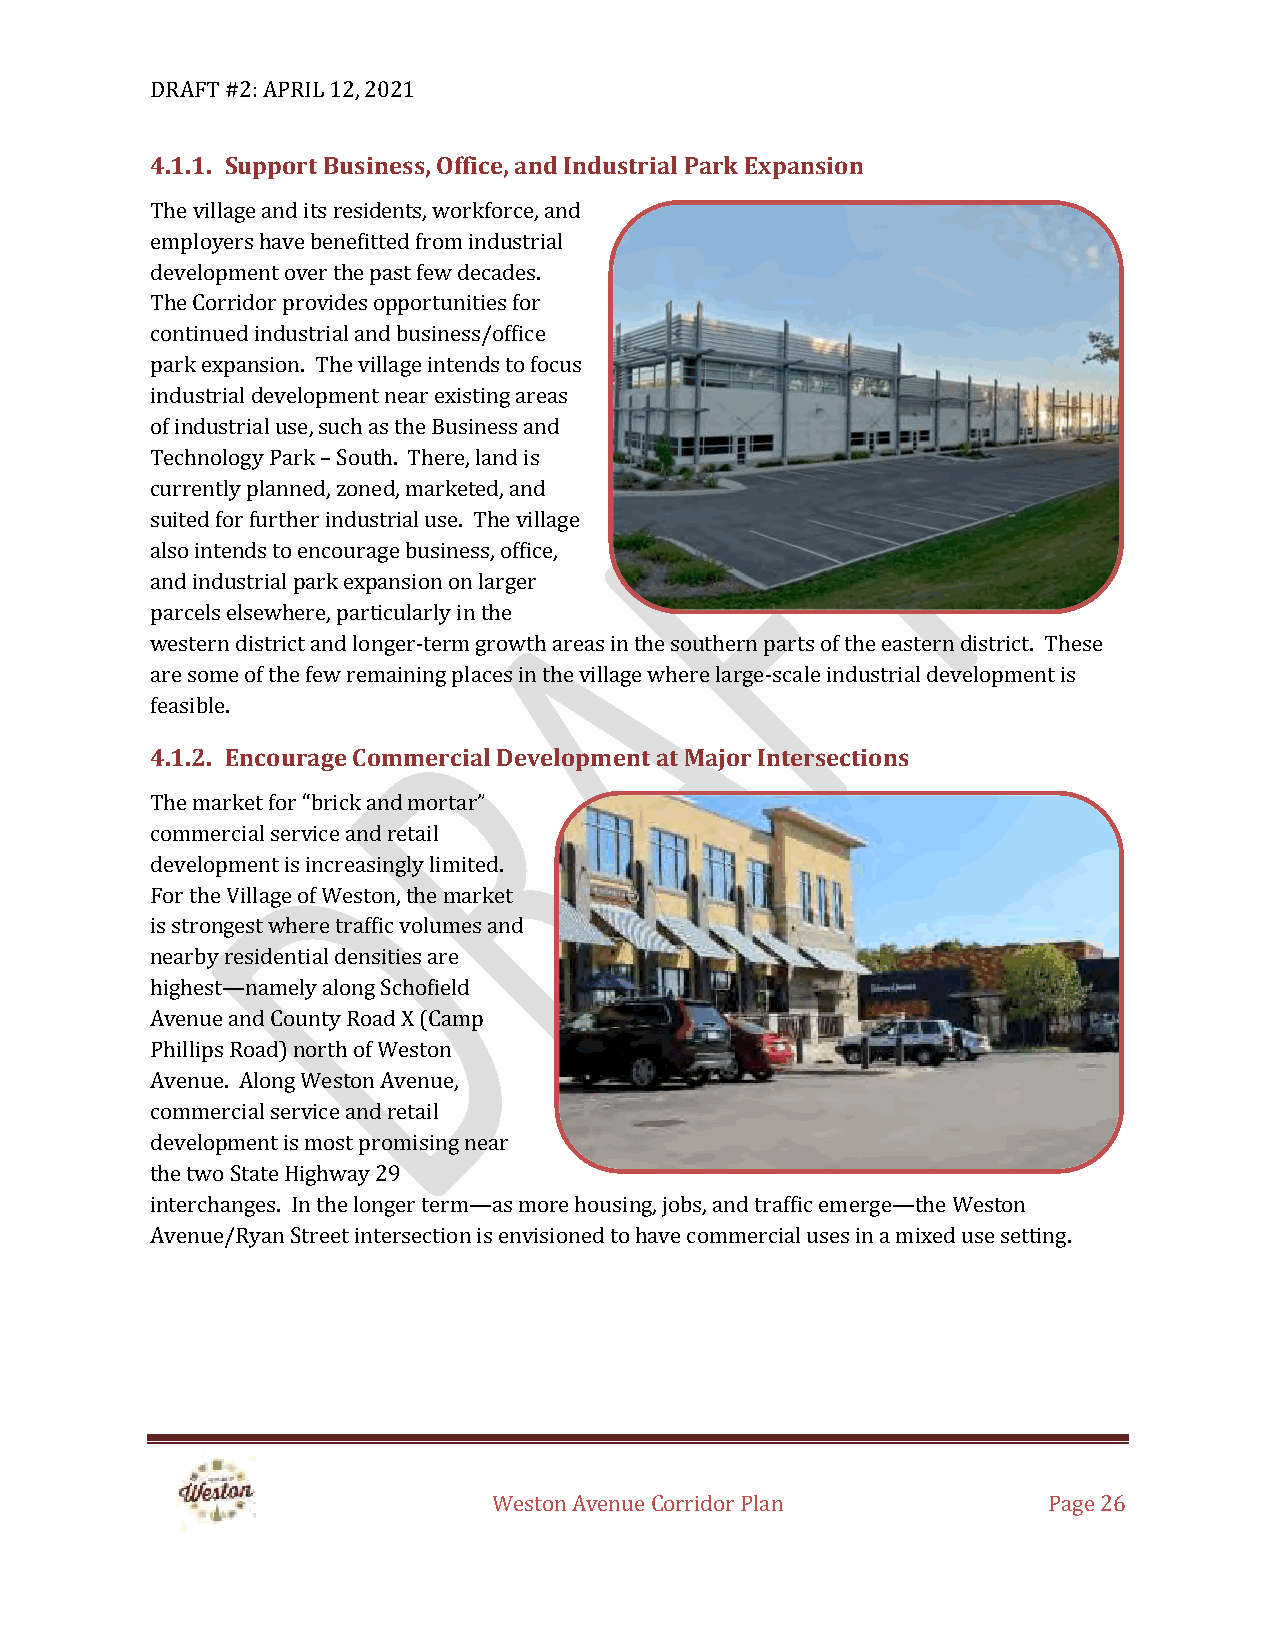
DRAFT #2: APRIL 12, 2021
 4.1.1. Support Business, Office, and Industrial Park Expansion
 The village and its residents, workforce, and
 employers have benefitted from industrial
 development over the past few decades.
 The Corridor provides opportunities for
 continued industrial and business/office
 park expansion. The village intends to focus
 industrial development near existing areas
 of industrial use, such as the Business and
 Technology Park – South. There, land is
 currently planned, zoned, marketed, and
 suited for further industrial use. The village
 also intends to encourage business, office,
 and industrial park expansion on larger
 parcels elsewhere, particularly in the
 western district and longer-term growth areas in the southern parts of the eastern district. These
 are some of the few remaining places in the village where large-scale industrial development is
 feasible.
 4.1.2. Encourage Commercial Development at Major Intersections
 The market for “brick and mortar”
 commercial service and retail
 development is increasingly limited.
 For the Village of Weston, the market
 is strongest where traffic volumes and
 nearby residential densities are
 highest—namely along Schofield
 Avenue and County Road X (Camp
 Phillips Road) north of Weston
 Avenue. Along Weston Avenue,
 commercial service and retail
 development is most promising near
 the two State Highway 29
 interchanges. In the longer term—as more housing, jobs, and traffic emerge—the Weston
 Avenue/Ryan Street intersection is envisioned to have commercial uses in a mixed use setting.
 Weston Avenue Corridor Plan         Page 26